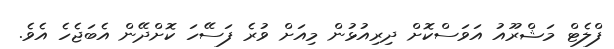
ފްލެޓް މަޝްރޫއު އަވަސްކޮށް ދިރިއުޅުން މިއަށް ވުރެ ފަސޭހަ ކޮށްދޭން އެބަޖެހެ އެވެ.